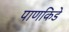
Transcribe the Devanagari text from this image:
पाणकिडे